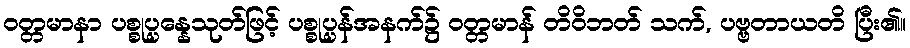
ဝတ္တမာနာ ပစ္စုပ္ပန္နေသုတ်ဖြင့် ပစ္စုပ္ပန်အနက်၌ ဝတ္တမာန် တိဝိဘတ် သက်, ပဗ္ဗတာယတိ ပြီး၏။